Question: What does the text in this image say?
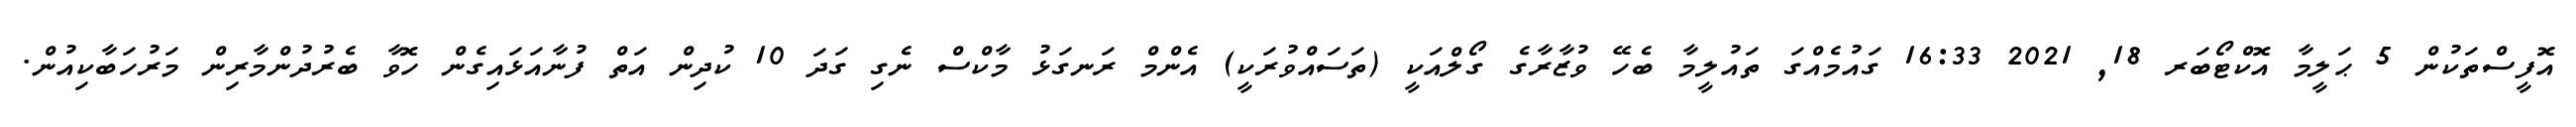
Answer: އޮފީސްތަކުން 5 ޙަލީމާ އޮކްޓޯބަރ 18, 2021 16:33 ގައުމެއްގަ ތައުލީމާ ބެހޭ ވުޒާރާގެ ގޯލްއަކީ (ތަސައްވުރަކީ) އެންމް ރަނގަޅު މާކްސް ނެގި ގަދަ 10 ކުދިން އަތް ފުނާއަޅައިގެން ހޮވާ ބެރުދުންމާރިން މަރުހަބާކިއުން.